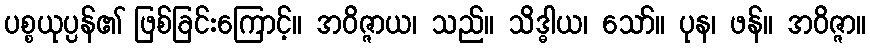
ပစ္စယုပ္ပန်၏ ဖြစ်ခြင်းကြောင့်။ အဝိဇ္ဇာယ၊ သည်။ သိဒ္ဓါယ၊ သော်။ ပုန၊ ဖန်။ အဝိဇ္ဇာ။